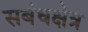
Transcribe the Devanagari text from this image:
सबंधक्षेत्र